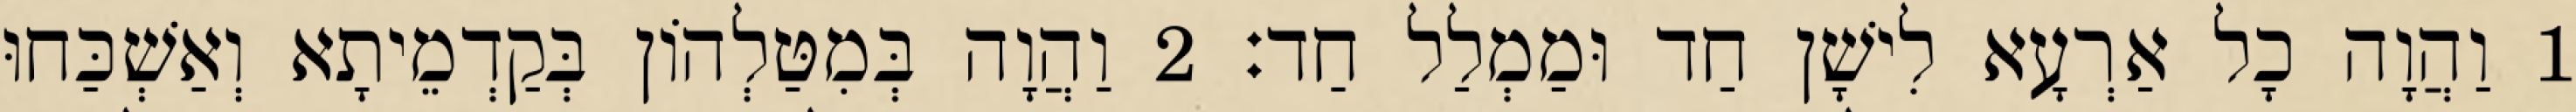
1 וַהֲוָה כָל אַרְעָא לִישָׁן חַד וּמַמְלַל חַד׃ 2 וַהֲוָה בְּמִטַּלְהוֹן בְּקַדְמֵיתָא וְאַשְׁכַּחוּ